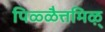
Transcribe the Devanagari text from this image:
पिळ्ळैत्तमिऴ्